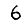
Digit: 6